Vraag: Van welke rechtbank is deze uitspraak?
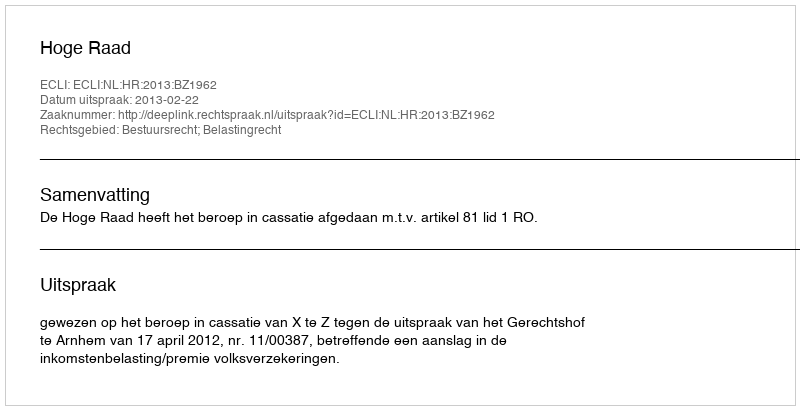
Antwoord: Hoge Raad